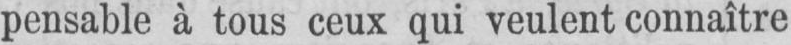
pensable à tous ceux qui veulent connaître